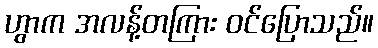
ဟွာက အလန့်တကြား ဝင်ပြောသည်။